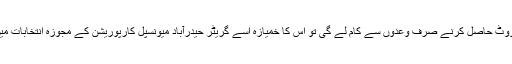
اگر ٹی آر ایس مسلم ووٹ حاصل کرنے صرف وعدوں سے کام لے گی تو اس کا خمیازہ اسے گریٹر حیدرآباد میونسپل کارپوریشن کے مجوزہ انتخابات میں بھگتنا پڑسکتا ہے۔